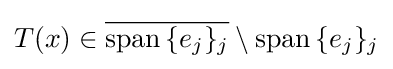
T(x)\in {\overline {\operatorname {span} {\{e_{j}\}_{j}}}}\setminus \operatorname {span} {\{e_{j}\}_{j}}